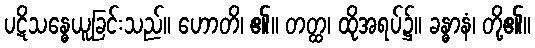
ပဋိသန္ဓေယူခြင်းသည်။ ဟောတိ၊ ၏။ တတ္ထ၊ ထိုအရပ်၌။ ခန္ဓာနံ၊ တို့၏။